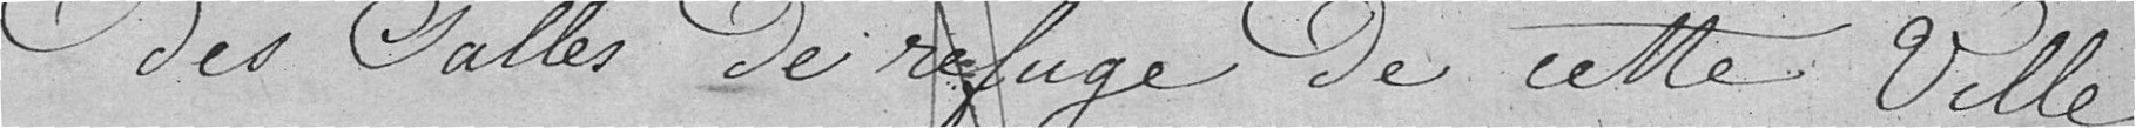
des salles de refuge de cette ville